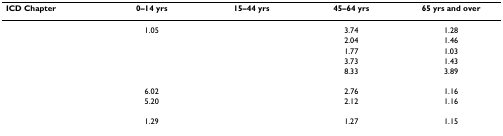
<table><thead><tr><td><b>ICD Chapter</b></td><td><b>0–14 yrs</b></td><td><b>15–44 yrs</b></td><td><b>45–64 yrs</b></td><td><b>65 yrs and over</b></td></tr></thead><tbody><tr><td>[EMPTY_CELL]</td><td>1.05</td><td>[EMPTY_CELL]</td><td>3.74</td><td>1.28</td></tr><tr><td>[EMPTY_CELL]</td><td>[EMPTY_CELL]</td><td>[EMPTY_CELL]</td><td>2.04</td><td>1.46</td></tr><tr><td>[EMPTY_CELL]</td><td>[EMPTY_CELL]</td><td>[EMPTY_CELL]</td><td>1.77</td><td>1.03</td></tr><tr><td>[EMPTY_CELL]</td><td>[EMPTY_CELL]</td><td>[EMPTY_CELL]</td><td>3.73</td><td>1.43</td></tr><tr><td>[EMPTY_CELL]</td><td>[EMPTY_CELL]</td><td>[EMPTY_CELL]</td><td>8.33</td><td>3.89</td></tr><tr><td>[EMPTY_CELL]</td><td>6.02</td><td>[EMPTY_CELL]</td><td>2.76</td><td>1.16</td></tr><tr><td>[EMPTY_CELL]</td><td>5.20</td><td>[EMPTY_CELL]</td><td>2.12</td><td>1.16</td></tr><tr><td>[EMPTY_CELL]</td><td>[EMPTY_CELL]</td><td>[EMPTY_CELL]</td><td>[EMPTY_CELL]</td><td>[EMPTY_CELL]</td></tr><tr><td>[EMPTY_CELL]</td><td>1.29</td><td>[EMPTY_CELL]</td><td>1.27</td><td>1.15</td></tr></tbody></table>